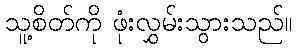
သူ့စိတ်ကို ဖုံးလွှမ်းသွားသည်။